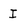
Character: I